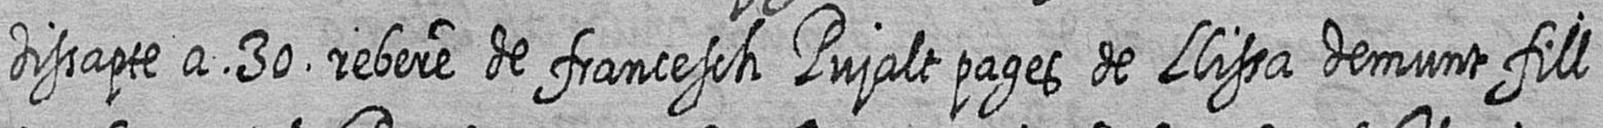
dissapte a 30 rebere de francesch Pujalt pages de Llissa demunt fill